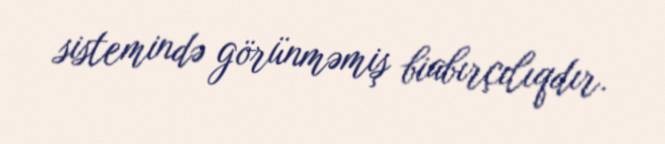
sistemində görünməmiş biabırçılıqdır.